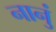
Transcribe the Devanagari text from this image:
नानुं